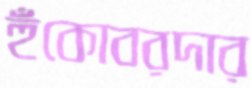
হুঁকোবরদার